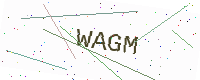
Text: WAGM